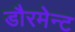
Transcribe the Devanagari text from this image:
डौरमेन्ट